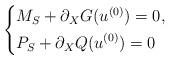
LaTeX: \begin{align*}\left\{\begin{aligned}&M_S+\partial_X G(u^{(0)})=0,\\&P_S+\partial_XQ(u^{(0)})=0\end{aligned}\right.\end{align*}